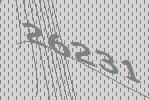
26231